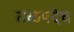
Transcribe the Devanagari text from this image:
तळपदेच